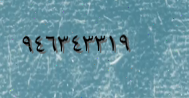
٩٤٦٣٤٣٣١٩